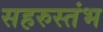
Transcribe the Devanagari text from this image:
सहरुस्तंभ